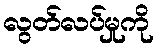
လွတ်လပ်မှုကို